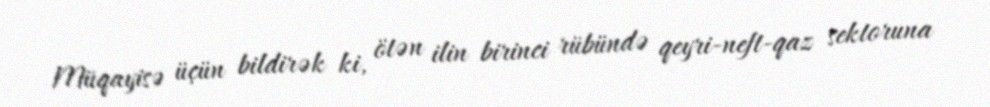
Müqayisə üçün bildirək ki, ötən ilin birinci rübündə qeyri-neft-qaz sektoruna